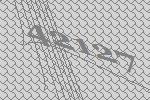
42127